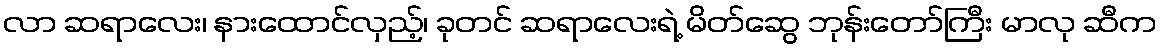
လာ ဆရာလေး၊ နားထောင်လှည့်၊ ခုတင် ဆရာလေးရဲ့ မိတ်ဆွေ ဘုန်းတော်ကြီး မာလု ဆီက